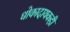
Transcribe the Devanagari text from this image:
धोकादायकही